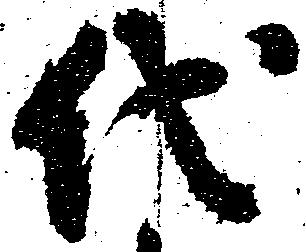
代